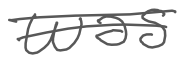
Text: was
Cross-out: double-line
Writing tool: digital_gray